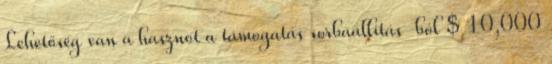
Lehetőség van a hasznot a támogatás sorbaállítás-ból $ 10,000